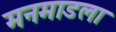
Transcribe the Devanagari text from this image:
मनमाडला